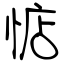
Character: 惦